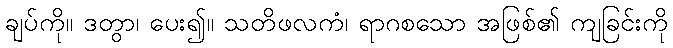
ချပ်ကို။ ဒတွာ၊ ပေး၍။ သတိဖလကံ၊ ရာဂစသော အဖြစ်၏ ကျခြင်းကို